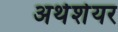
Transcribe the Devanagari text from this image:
अर्थशेयर